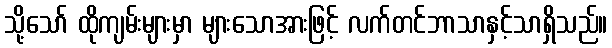
သို့သော် ထိုကျမ်းများမှာ များသောအားဖြင့် လက်တင်ဘာသာနှင့်သာရှိသည်။